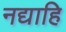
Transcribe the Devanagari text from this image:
नद्याहि